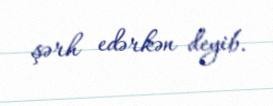
şərh edərkən deyib.